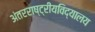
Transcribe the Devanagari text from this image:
अंतरराष्ट्रीयविद्यालय